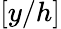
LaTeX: [y/h]